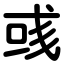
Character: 彧